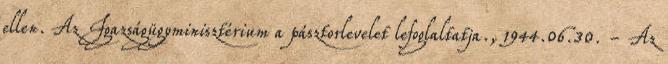
ellen. Az Igazságügyminisztérium a pásztorlevelet lefoglaltatja., 1944.06.30. - Az